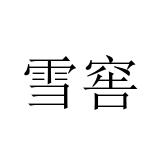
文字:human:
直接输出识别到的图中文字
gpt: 雪窖